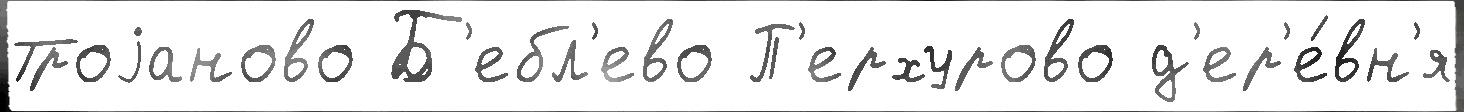
Троjаново Б'ебл'ево П'ерхурово д'ер'е́вн'я